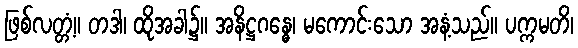
ဖြစ်လတ္တံ့။ တဒါ၊ ထိုအခါ၌။ အနိဋ္ဌဂန္ဓေ၊ မကောင်းသော အနံ့သည်။ ပက္ကမတိ၊